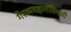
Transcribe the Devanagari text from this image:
गैरव्यवहारांविषयी